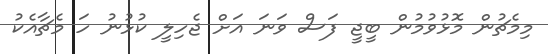
މިމެޗުން މޮޅުވުމުން ބީޖީ ފަސް ވަނަ އަށް ޖެހިލީ ކުޅުނު ހަ މެޗާއެކު